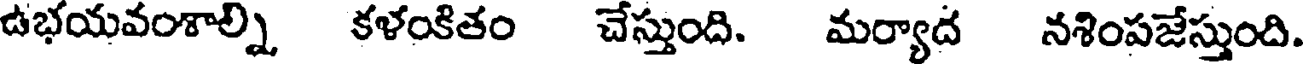
ఉభయవంశాల్ని కళంకితం చేస్తుంది. మర్యాద నశింపజేస్తుంది.